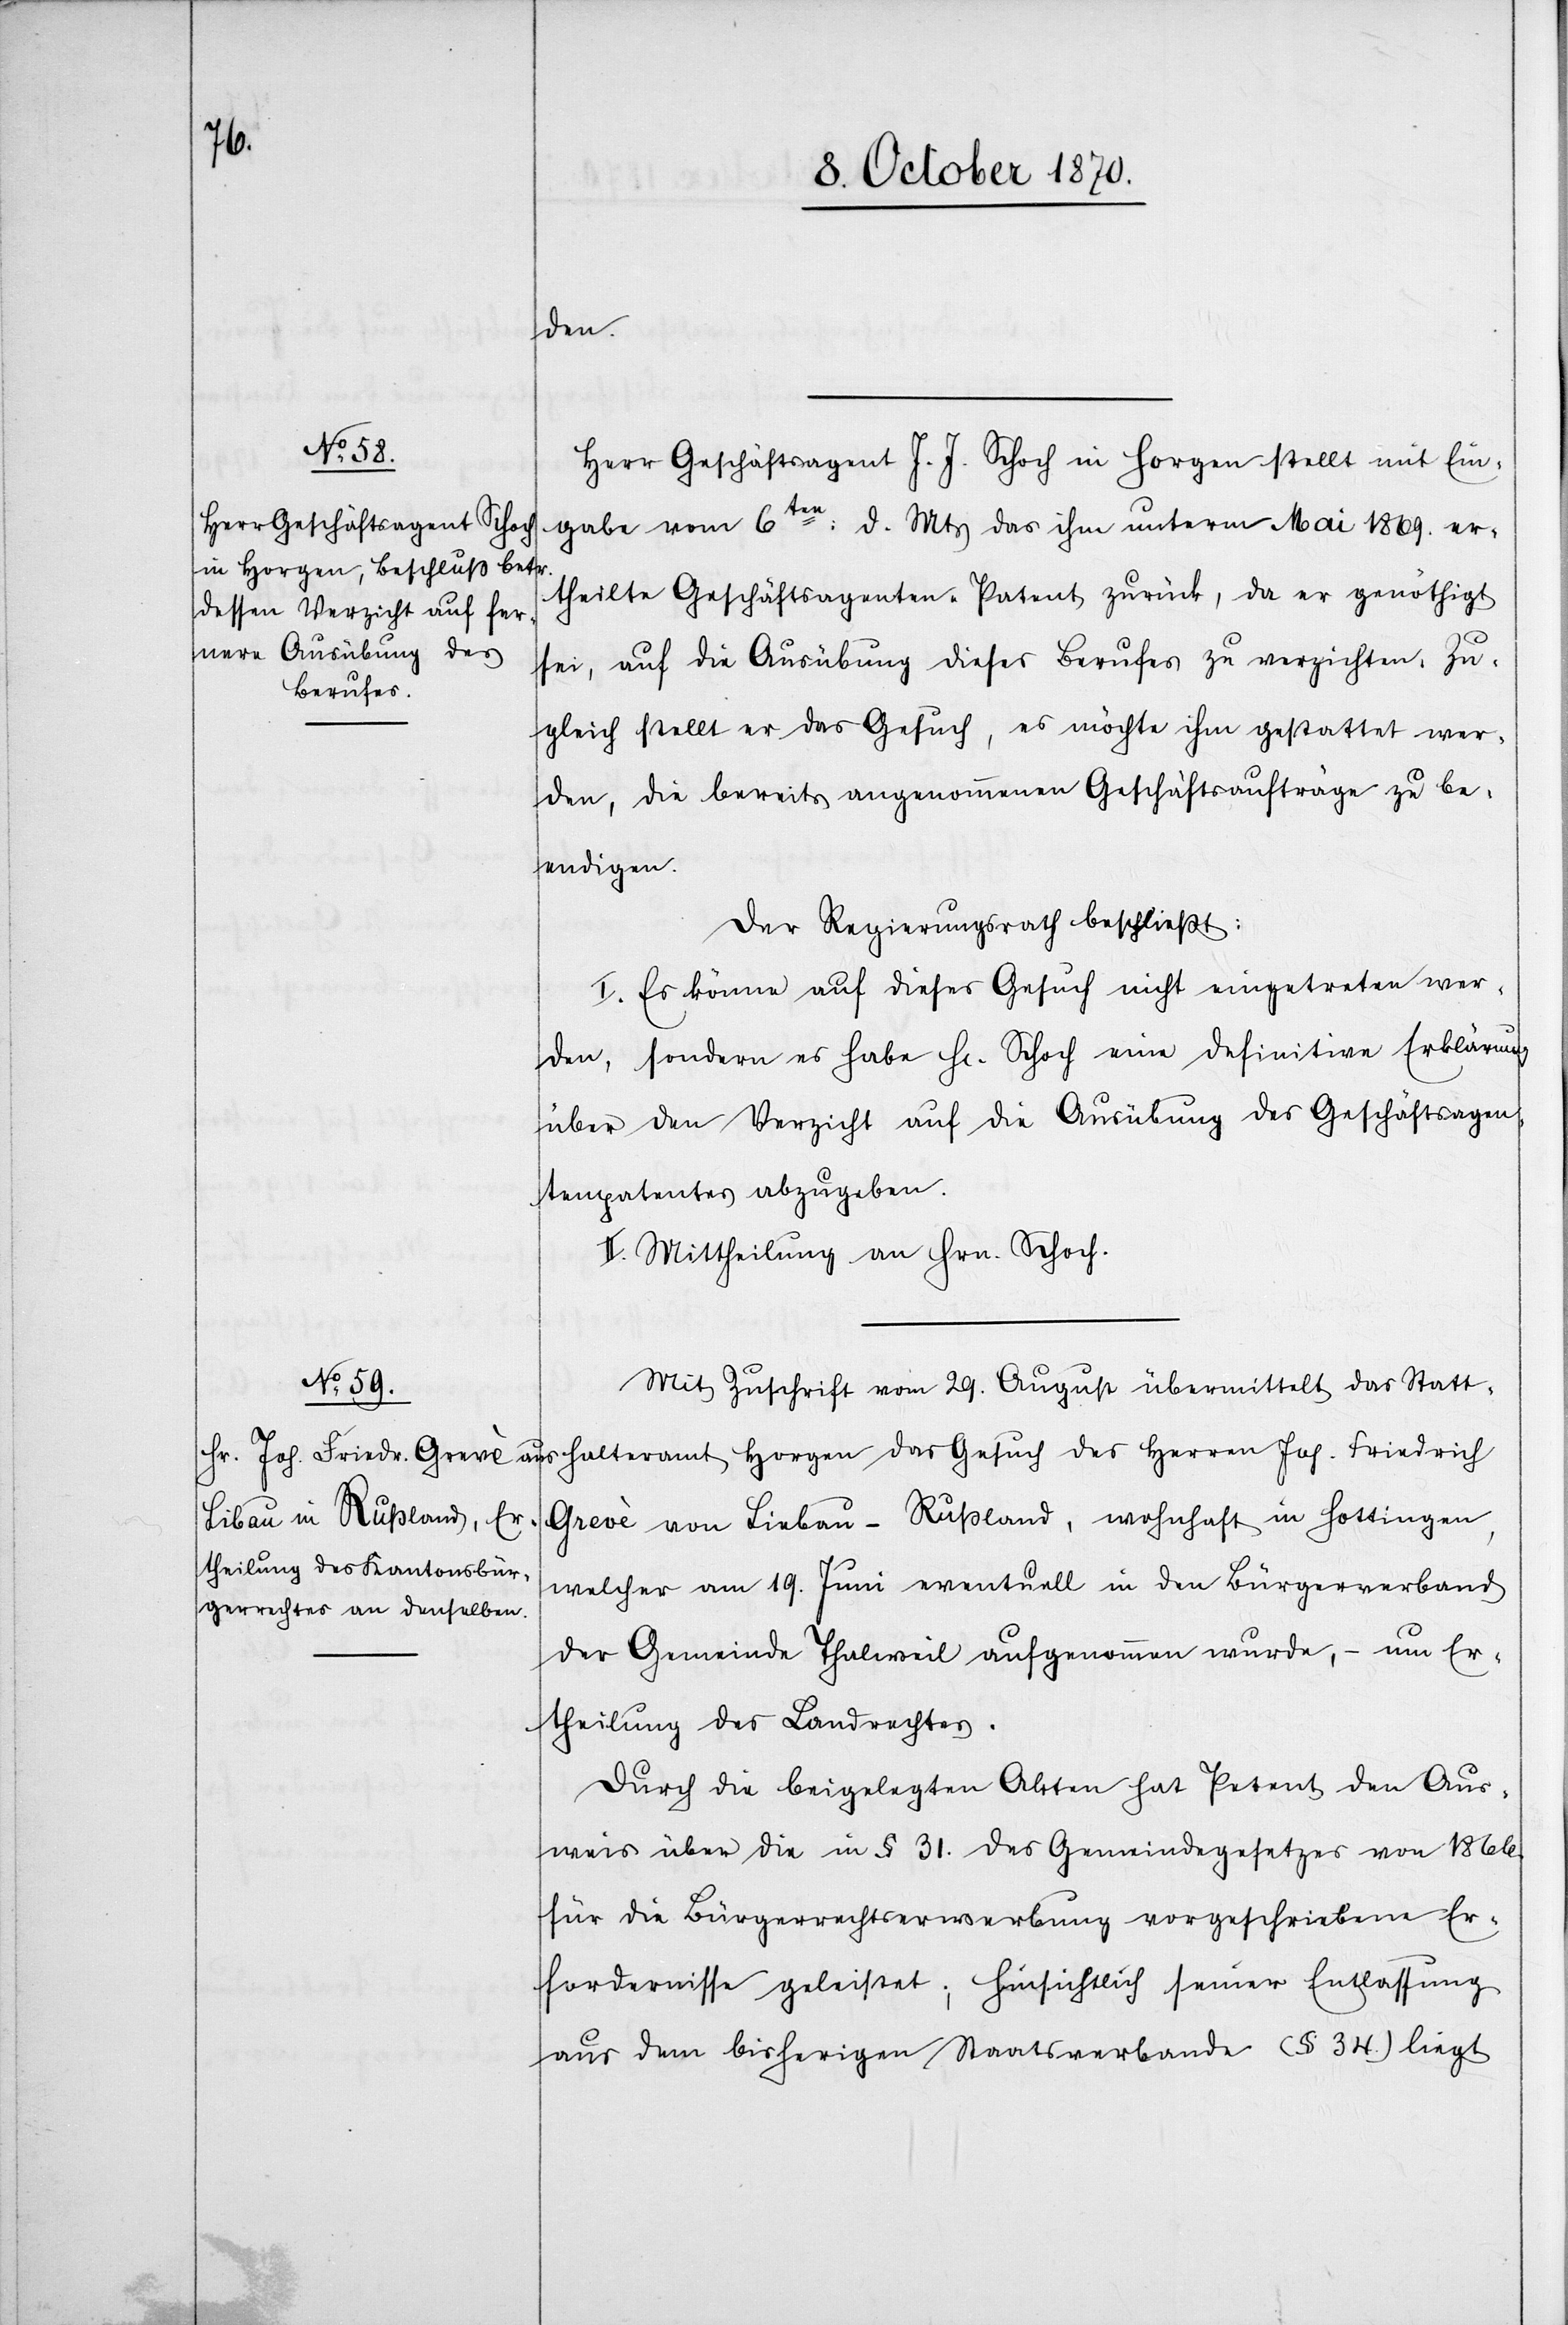
den.
Herr Geschäftsagent J. J. Schoch in Horgen stellt mit Ein¬
gabe vom 6ten: d. Mts. das ihm unter Mai 1869. er¬
theilte Geschäftsagenten-Patent zurück, da er genöthigt
sei, auf die Ausübung dieses Berufes zu verzichten. Zu¬
gleich stellt er das Gesuch, es möchte ihm gestattet wer¬
den, die bereits angenommenen Geschäftsaufträge zu be¬
endigen.
Der Regierungsrath beschließt:
I. Es könne auf dieses Gesuch nicht eingetreten wer¬
den, sondern es habe Hr. Schoch eine definitive Erklärung
über den Verzicht auf die Ausübung des Geschäftsagen¬
tenpatentes abzugeben.
II. Mittheilung an Hrn. Schoch.
Mit Zuschrift vom 29. August übermittelt das Statt¬
halteramt Horgen das
Grevè von Liebau [sic!] - Russland, wohnhaft in Hottingen,
welcher am 19. Juni eventuell in den Bürgerverband
der Gemeinde Thalweil aufgenommen wurde, – um Er¬
theilung des Landrechtes.
Durch die beigelegten Akten hat Petent den Aus¬
weis über die in § 31. des Gemeindegesetzes von 1866
für die Bürgerrechtsvererbung vorgeschriebenen Er¬
fordernisse geleistet; hinsichtlich seiner Entlassung
aus dem bisherigen Staatsverbande (§ 34.) liegt